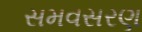
સમવસરણ